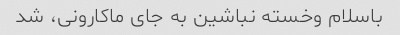
باسلام وخسته نباشین به جای ماکارونی، شد